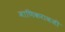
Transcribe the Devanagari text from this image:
माणिकरावजी